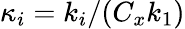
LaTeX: \kappa_{i}=k_{i}/(C_{x}k_{1})